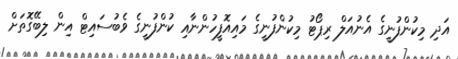
އަދި މިކުންފުނީގެ އެނުއަލް ރިޕޯޓު މިކުންފުނީގެ މައިއޮފީހުންނާއި ކުންފުނީގެ ވެބުސައިޓް އިން ލިބޭގޮތަށް